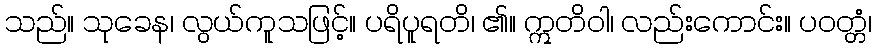
သည်။ သုခေန၊ လွယ်ကူသဖြင့်။ ပရိပူရတိ၊ ၏။ ဣတိဝါ၊ လည်းကောင်း။ ပဝတ္တံ၊